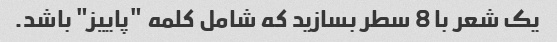
یک شعر با 8 سطر بسازید که شامل کلمه "پاییز" باشد.